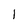
Character: 1